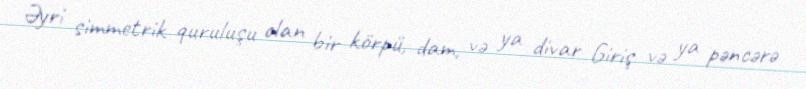
Əyri simmetrik quruluşu olan bir körpü, dam, və ya divar Giriş və ya pəncərə